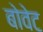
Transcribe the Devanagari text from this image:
बोवेट